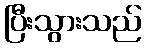
ပြီးသွားသည်